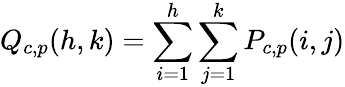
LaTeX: Q_{c,p}(h,k)=\sum_{i=1}^{h}\sum_{j=1}^{k}P_{c,p}(i,j)